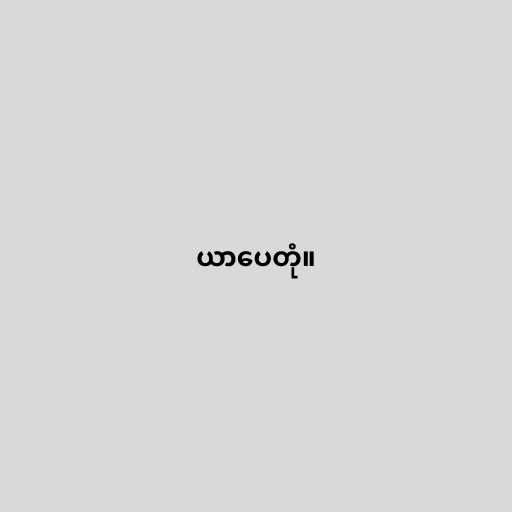
ယာပေတုံ။